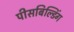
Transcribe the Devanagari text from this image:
पीसबिल्डिंग